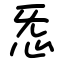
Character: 㤅